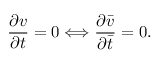
\frac { \partial v } { \partial t } = 0 \Longleftrightarrow \frac { \partial \bar { v } } { \partial \bar { t } } = 0 .